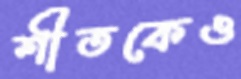
শীতকেও